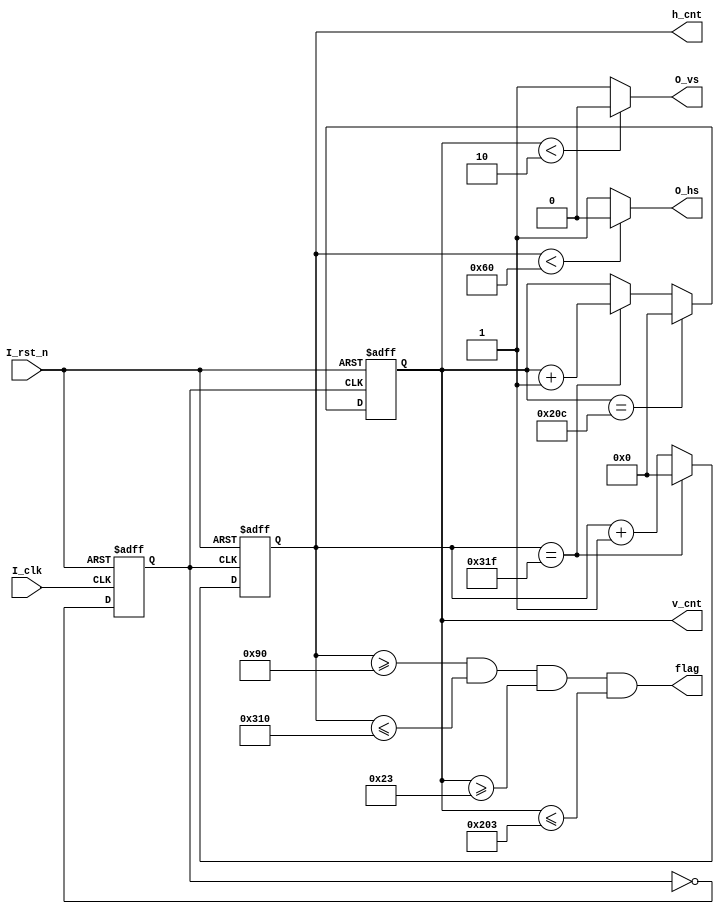
module vga_driver
(
    input                   I_clk   , // 50MHz
    input                   I_rst_n , // 
    output                  O_hs    , // VGA
    output                  O_vs    , // VGA
	 //input          [3:0]    I_red   , // VGA
    //input          [3:0]    I_green , // VGA
    //input          [3:0]    I_blue  , // VGA
	 //output   reg   [3:0]    O_red   , // VGA
    //output   reg   [3:0]    O_green , // VGA
    //output   reg   [3:0]    O_blue,   // VGA
	 output			 [11:0]   v_cnt,
	 output			 [11:0]	 h_cnt,
	 output 			 		    flag
);

// 640*480
parameter       C_H_SYNC_PULSE      =   96  , 
                C_H_BACK_PORCH      =   48  ,
                C_H_ACTIVE_TIME     =   640 ,
                C_H_FRONT_PORCH     =   16  ,
                C_H_LINE_PERIOD     =   800 ;

// 640*480               
parameter       C_V_SYNC_PULSE      =   2   , 
                C_V_BACK_PORCH      =   33  ,
                C_V_ACTIVE_TIME     =   480 ,
                C_V_FRONT_PORCH     =   10  ,
                C_V_FRAME_PERIOD    =   525 ;
                
parameter       C_COLOR_BAR_WIDTH   =   C_H_ACTIVE_TIME / 8  ;  

reg [11:0]      R_h_cnt         ; // 
reg [11:0]      R_v_cnt         ; // 
reg             R_clk_25M       ;

wire            W_active_flag   ; // 1RGB

//////////////////////////////////////////////////////////////////
// 25MHz
//////////////////////////////////////////////////////////////////
always @(posedge I_clk or negedge I_rst_n)
begin
    if(!I_rst_n)
        R_clk_25M   <=  1'b0        ;
    else
        R_clk_25M   <=  ~R_clk_25M  ;     
end
//////////////////////////////////////////////////////////////////

//////////////////////////////////////////////////////////////////
// 
//////////////////////////////////////////////////////////////////
always @(posedge R_clk_25M or negedge I_rst_n)
begin
    if(!I_rst_n)
        R_h_cnt <=  12'd0   ;
    else if(R_h_cnt == C_H_LINE_PERIOD - 1'b1)
        R_h_cnt <=  12'd0   ;
    else
        R_h_cnt <=  R_h_cnt + 1'b1  ;                
end                

assign O_hs =   (R_h_cnt < C_H_SYNC_PULSE) ? 1'b0 : 1'b1    ; 
//////////////////////////////////////////////////////////////////

//////////////////////////////////////////////////////////////////
// 
//////////////////////////////////////////////////////////////////
always @(posedge R_clk_25M or negedge I_rst_n)
begin
    if(!I_rst_n)
        R_v_cnt <=  12'd0   ;
    else if(R_v_cnt == C_V_FRAME_PERIOD - 1'b1)
        R_v_cnt <=  12'd0   ;
    else if(R_h_cnt == C_H_LINE_PERIOD - 1'b1)
        R_v_cnt <=  R_v_cnt + 1'b1  ;
    else
        R_v_cnt <=  R_v_cnt ;                        
end                

assign O_vs =   (R_v_cnt < C_V_SYNC_PULSE) ? 1'b0 : 1'b1    ; 
//////////////////////////////////////////////////////////////////  

assign W_active_flag =  (R_h_cnt >= (C_H_SYNC_PULSE + C_H_BACK_PORCH                  ))  &&
                        (R_h_cnt <= (C_H_SYNC_PULSE + C_H_BACK_PORCH + C_H_ACTIVE_TIME))  && 
                        (R_v_cnt >= (C_V_SYNC_PULSE + C_V_BACK_PORCH                  ))  &&
                        (R_v_cnt <= (C_V_SYNC_PULSE + C_V_BACK_PORCH + C_V_ACTIVE_TIME))  ;      

assign flag = W_active_flag;
assign v_cnt = R_v_cnt;
assign h_cnt = R_h_cnt;
//always @(posedge R_clk_25M or negedge I_rst_n)begin
//	if(!I_rst_n) 
//	begin
//		O_red   <=  4'b0000    ;
//		O_green <=  4'b0000    ;
//		O_blue  <=  4'b0000    ; 
//	end
//	else begin
//		if(W_active_flag) begin
//			O_red   <=    I_red    ;
//			O_green <=    I_green  ;
//			O_blue  <=    I_blue   ;
//		end
//		else begin
//			O_red    <=   4'b0000;
//			O_green  <=   4'b0000;
//			O_blue   <=   4'b0000;
//		end
//	end
//end
	

//////////////////////////////////////////////////////////////////
// 880
//////////////////////////////////////////////////////////////////

endmodule